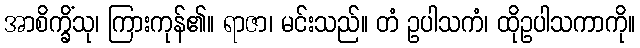
အာစိက္ခိံသု၊ ကြားကုန်၏။ ရာဇာ၊ မင်းသည်။ တံ ဥပါသကံ၊ ထိုဥပါသကာကို။